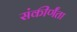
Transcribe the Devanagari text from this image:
संकीर्णंता